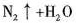
N _ { 2 } ↑ + H _ { 2 } 0$$